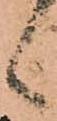
候